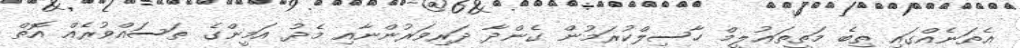
އެތަނެއްގައި ތިބެ މަތީތަޢުލީމް ހާސިލްކުރަމުން ގެންދާ ދަރިވަރުންނާއި މެދު އަމީންގެ ތަސައްވުރެއް އޮތް